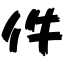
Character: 件